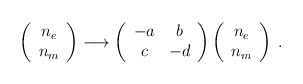
\begin{align*}\left( \begin{array}{c} n_{e} \\ n_{m} \end{array} \right) \longrightarrow \left( \begin{array}{cc} -a & b \\ c & -d \end{array} \right)\left( \begin{array}{c} n_{e} \\ n_{m} \end{array} \right) \: .\end{align*}